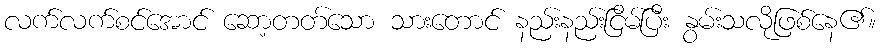
လက်လက်စင်အောင် ဆော့တတ်သော သားတောင် နည်းနည်းငြိမ်ပြီး နွမ်းသလိုဖြစ်နေ၏။